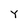
Character: Y